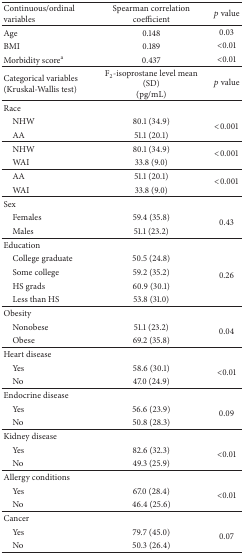
| Continuous/ordinal variables | Spearman correlation coefficient | p value |
 | --- | --- | --- |
 | Age | 0.148 | 0.03 |
 | BMI | 0.189 | <0.01 |
 | Morbidity scorea | 0.437 | <0.01 |
 | Categorical variables (Kruskal-Wallis test) | F2-isoprostane level mean (SD)(pg/mL) | p value |
 | Race |  |  |
 | NHW | 80.1 (34.9) | <ROWSPAN=2> <0.001 |
 | AA | 51.1 (20.1) |
 | NHW | 80.1 (34.9) | <ROWSPAN=2> <0.001 |
 | WAI | 33.8 (9.0) |
 | AA | 51.1 (20.1) | <ROWSPAN=2> <0.001 |
 | WAI | 33.8 (9.0) |
 | Sex |  |  |
 | Females | 59.4 (35.8) | <ROWSPAN=2> 0.43 |
 | Males | 51.1 (23.2) |
 | Education |  |  |
 | College graduate | 50.5 (24.8) | <ROWSPAN=4> 0.26 |
 | Some college | 59.2 (35.2) |
 | HS grads | 60.9 (30.1) |
 | Less than HS | 53.8 (31.0) |
 | Obesity |  |  |
 | Nonobese | 51.1 (23.2) | <ROWSPAN=2> 0.04 |
 | Obese | 69.2 (35.8) |
 | Heart disease |  |  |
 | Yes | 58.6 (30.1) | <ROWSPAN=2> <0.01 |
 | No | 47.0 (24.9) |
 | Endocrine disease |  |  |
 | Yes | 56.6 (23.9) | <ROWSPAN=2> 0.09 |
 | No | 50.8 (28.3) |
 | Kidney disease |  |  |
 | Yes | 82.6 (32.3) | <ROWSPAN=2> <0.01 |
 | No | 49.3 (25.9) |
 | Allergy conditions |  |  |
 | Yes | 67.0 (28.4) | <ROWSPAN=2> <0.01 |
 | No | 46.4 (25.6) |
 | Cancer |  |  |
 | Yes | 79.7 (45.0) | <ROWSPAN=2> 0.07 |
 | No | 50.3 (26.4) |